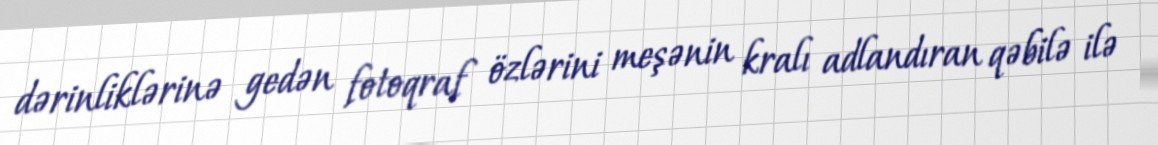
dərinliklərinə gedən fotoqraf özlərini meşənin kralı adlandıran qəbilə ilə